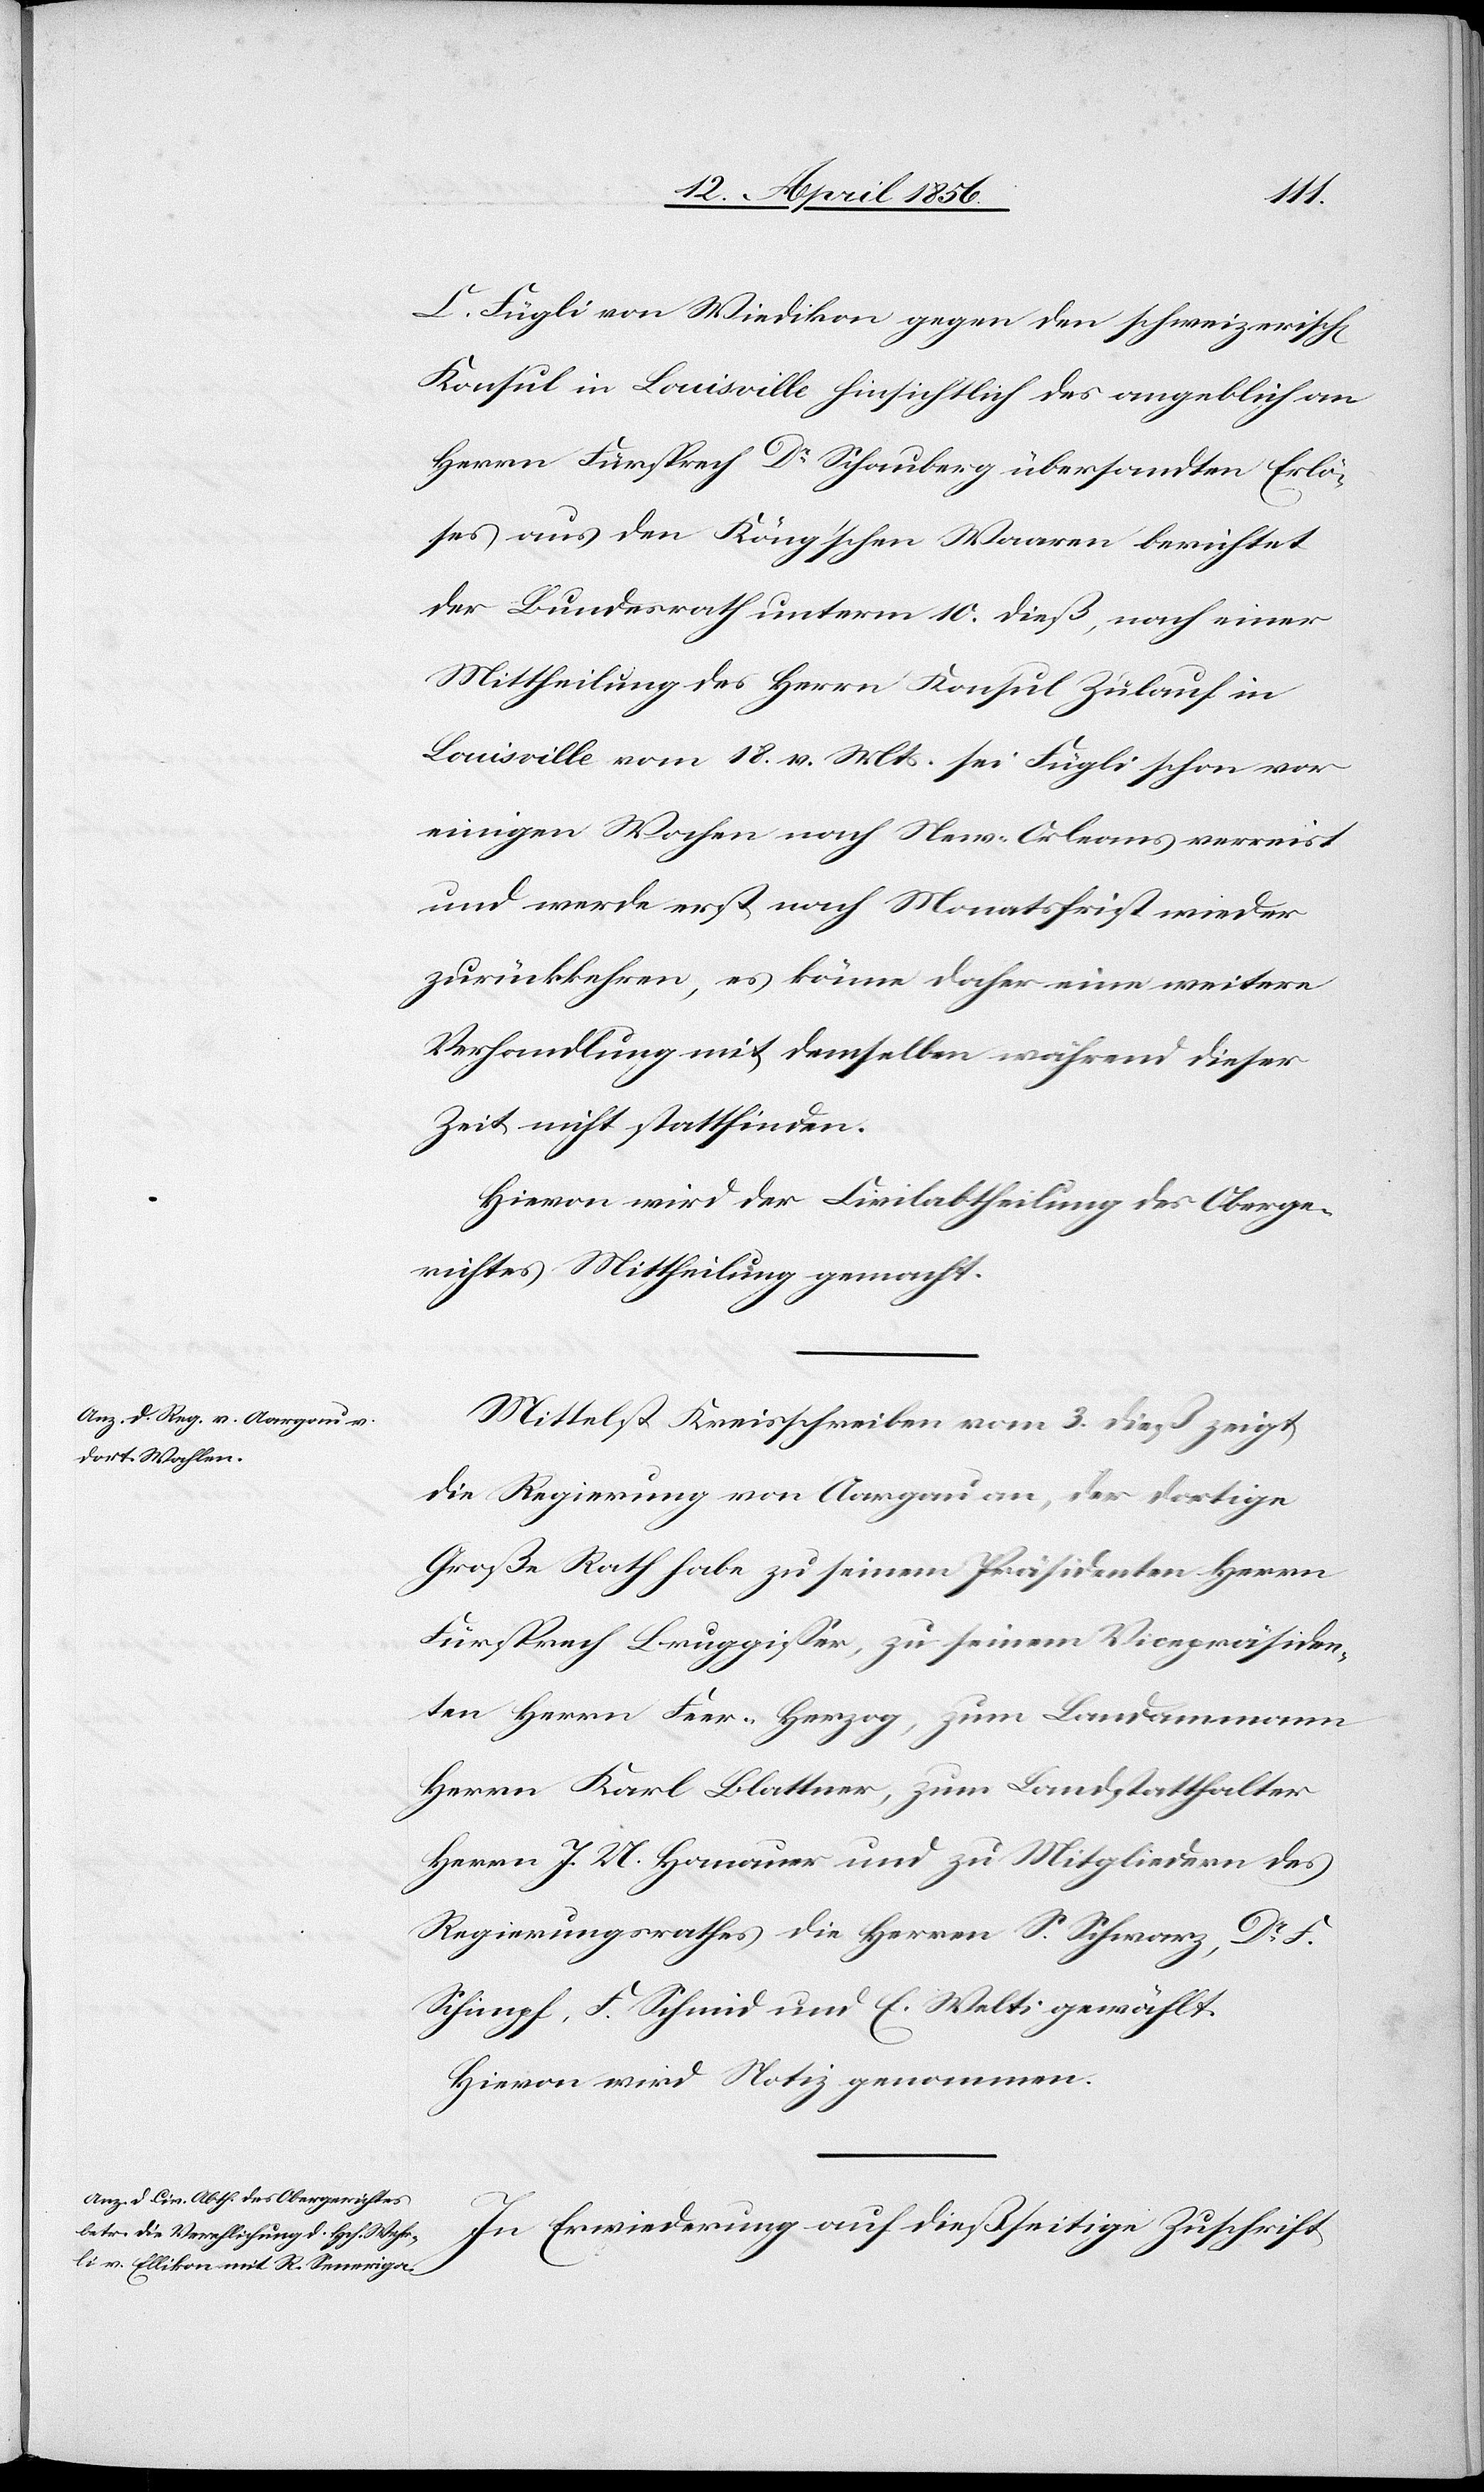
C. Fügli von Wiedikon gegen den schweizerisch[en]
Konsul in Louisville hinsichtlich des angeblich an
Herrn Fürsprech Dr Schauberg übersandten Erlö¬
ses aus den Köng’schen Waaren berichtet
der Bundesrath unterm 10. dieß, nach einer
Mittheilung des Herrn Konsul Zulauf in
Louisville vom 18. v. Mts. sei Fügli schon vor
einigen Wochen nach New-Orleans verreist
und werde erst nach Monatsfrist wieder
zurückkehren, es könne daher eine weitere
Verhandlung mit demselben während dieser
Zeit nicht stattfinden.
Hievon wird der Civilabtheilung des Oberge¬
richtes Mittheilung gemacht.
Mittelst Kreisschreiben vom 3. dieß zeigt
die Regierung von Aargau an, der dortige
Große Rath habe zu seinem Präsidenten Herrn
Fürsprech Bruggisser, zu seinem Vicepräsiden¬
ten Herrn Feer-Herzog, zum Landammann
Herrn Karl Blattner, zum Landstatthalter
Herrn J. U. Hanauer und zu Mitgliedern des
Regierungsrathes die Herren S. Schwarz, Dr F.
Schimpf, F. Schmid und E. Welti gewählt.
Hievon wird Notiz genommen.
In Erwiederung auf dießseitige Zuschrift